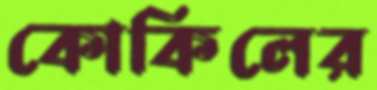
কোকিলের